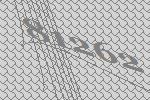
81262